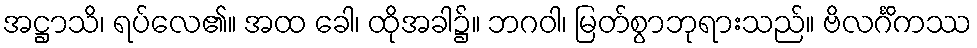
အဋ္ဌာသိ၊ ရပ်လေ၏။ အထ ခေါ၊ ထိုအခါ၌။ ဘဂဝါ၊ မြတ်စွာဘုရားသည်။ ဗိလင်္ဂိကဿ